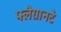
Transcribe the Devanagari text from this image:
फ्लैग्रानटे